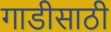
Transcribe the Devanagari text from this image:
गाडीसाठी